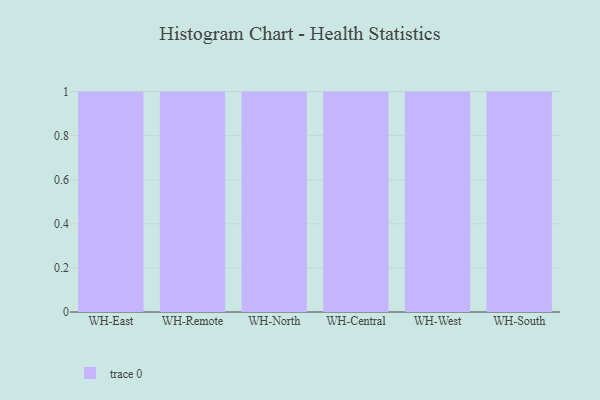
{"axis": {"x": "Warehouse", "y": "Budget (USD K)"}, "legend": [""], "data": [{"x": "WH-East", "y": 37, "type": ""}, {"x": "WH-Remote", "y": 84, "type": ""}, {"x": "WH-North", "y": 45, "type": ""}, {"x": "WH-Central", "y": 83, "type": ""}, {"x": "WH-West", "y": 60, "type": ""}, {"x": "WH-South", "y": 35, "type": ""}]}